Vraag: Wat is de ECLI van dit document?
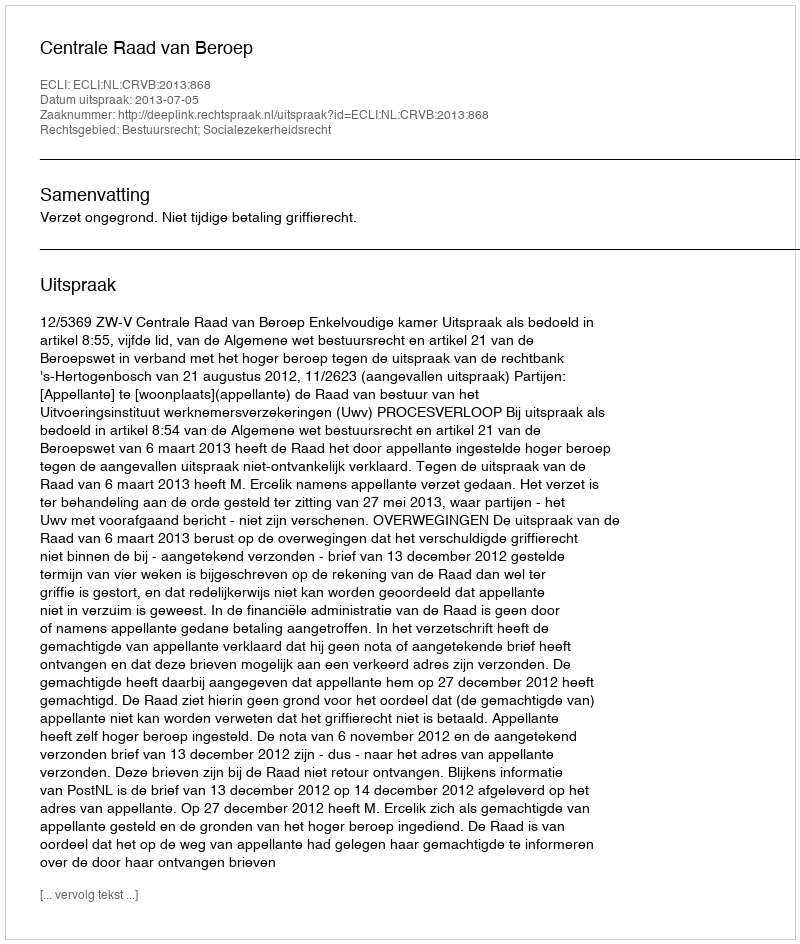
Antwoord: ECLI:NL:CRVB:2013:868